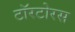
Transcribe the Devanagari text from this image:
टॉरटोरस